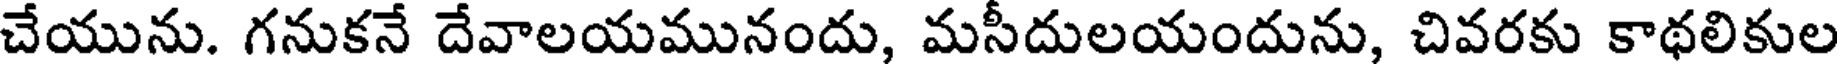
చేయును. గనుకనే దేవాలయమునందు, మసీదులయందును, చివరకు కాథలికుల